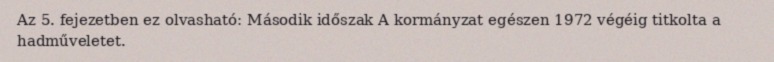
Az 5. fejezetben ez olvasható: Második időszak A kormányzat egészen 1972 végéig titkolta a hadműveletet.